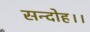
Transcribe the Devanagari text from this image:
सन्‍दोह।।